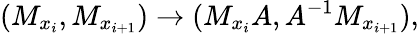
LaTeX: (M_{x_{i}},M_{x_{i+1}})\rightarrow(M_{x_{i}}A,A^{-1}M_{x_{i+1}}),